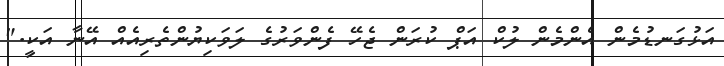
އަޅުގަނޑުމެން އެންމެން ލުކް އަޕް ކުރަން ޖެހޭ ފެންވަރުގެ ލަވަކިޔުންތެރިއެއް އޭނާ އަކީ."